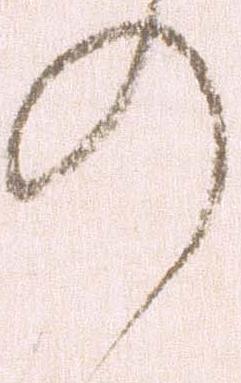
の